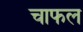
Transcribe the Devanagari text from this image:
चाफल